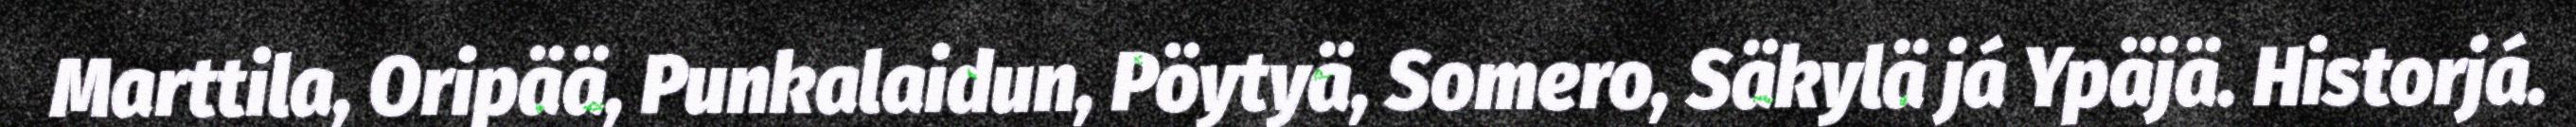
Marttila, Oripää, Punkalaidun, Pöytyä, Somero, Säkylä já Ypäjä. Historjá.